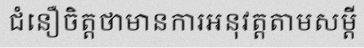
ជំនឿចិត្តថាមានការអនុវត្តតាមសម្តី